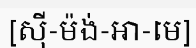
[ស៊ី-ម៉ង់-អា-មេ]